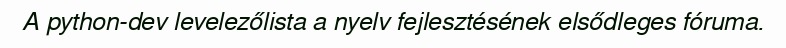
A python-dev levelezőlista a nyelv fejlesztésének elsődleges fóruma.